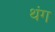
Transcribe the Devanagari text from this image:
थंग